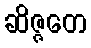
ဆိဇ္ဇတေ